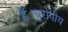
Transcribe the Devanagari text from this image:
है।यूरोपीय